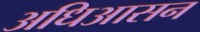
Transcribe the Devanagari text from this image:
अधिआसन